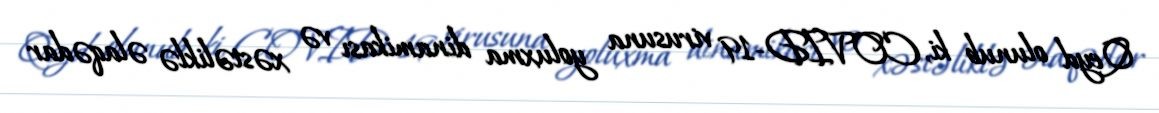
Qeyd olunub ki, COVID-19 virusuna yoluxma dinamikası və xəstəliklə əlaqədar